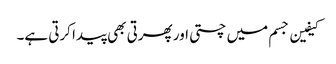
کیفین جسم میں چستی اور پھرتی بھی پیدا کرتی ہے۔